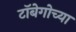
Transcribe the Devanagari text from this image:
टॉबेगोच्या